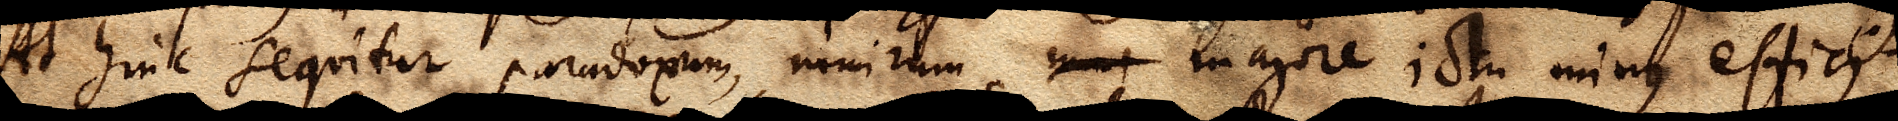
At hinc sequitur paradoxum, nimirum, xx majore ictu minus effici.